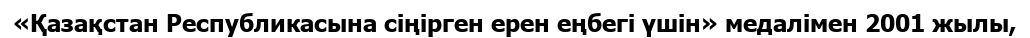
«Қазақстан Республикасына сіңірген ерен еңбегі үшін» медалімен 2001 жылы,